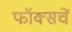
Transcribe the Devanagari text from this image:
फॉक्सचें